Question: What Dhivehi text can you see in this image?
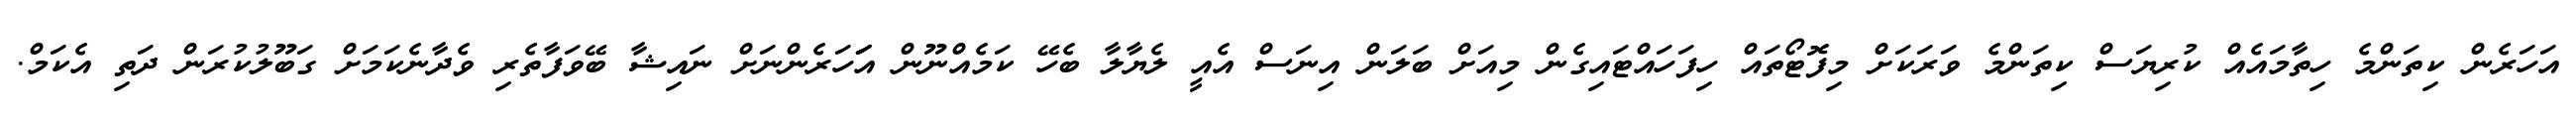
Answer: އަހަރެން ކިތަންމެ ހިތާމައެއް ކުރިޔަސް ކިތަންމެ ވަރަކަށް މިފޮޓޯތައް ހިފަހައްޓައިގެން މިއަށް ބަލަން އިނަސް އެއީ ލެޔާލާ ބެހޭ ކަމެއްނޫން އަަަހަރެންނަށް ނައިޝާ ބޭވަފާތެރި ވެދާނެކަމަށް ގަބޫލުކުރަން ދަތި އެކަމް.